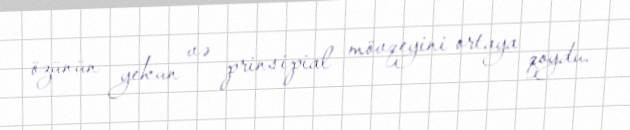
özünün yekun və prinsipial mövqeyini ortaya qoydu.